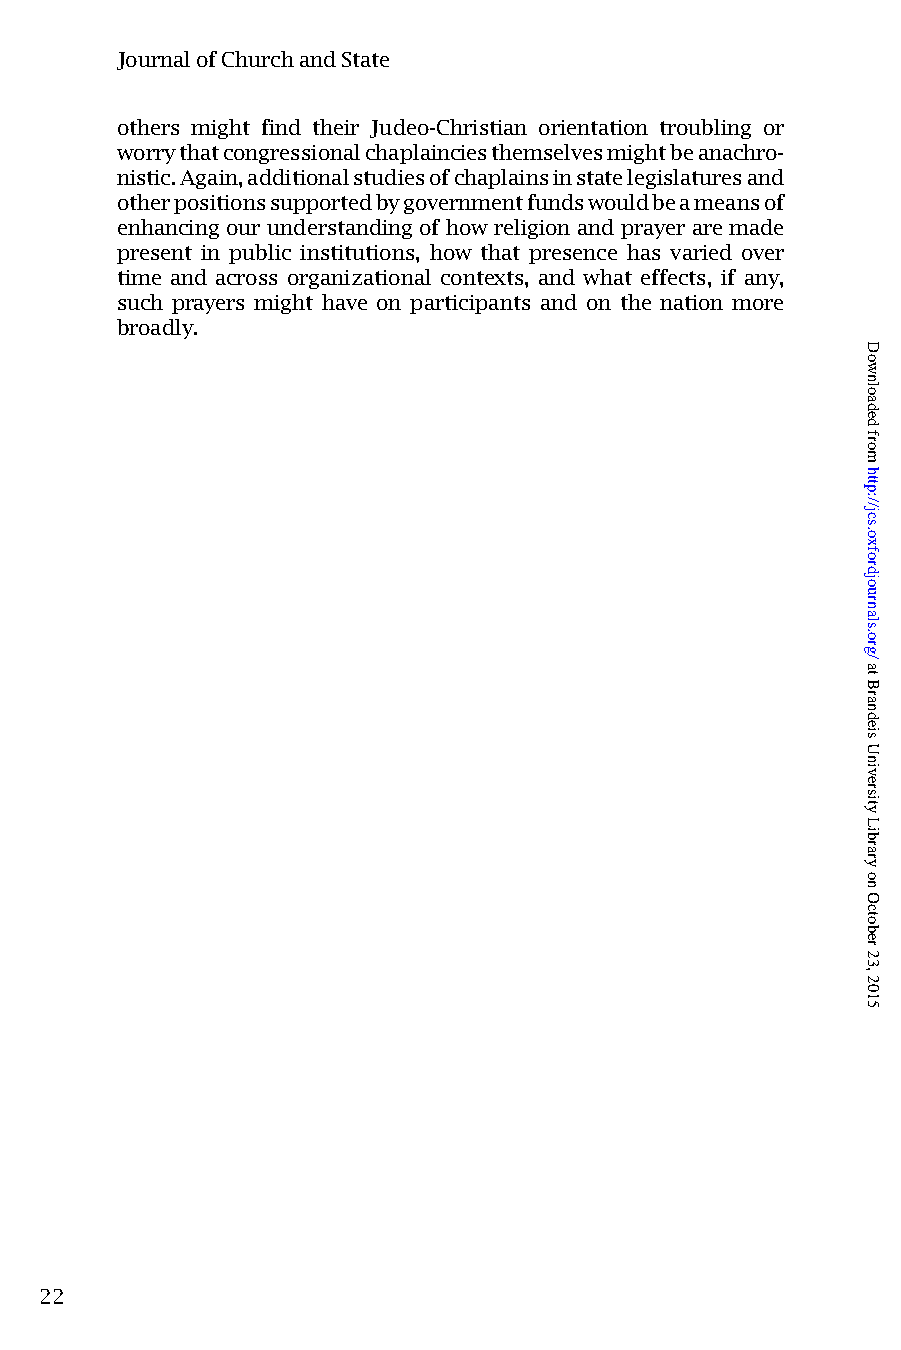
JournalofChurchandState
 others might find their Judeo-Christian orientation troubling or
 worrythatcongressionalchaplainciesthemselvesmightbeanachro-
 nistic.Again,additionalstudiesofchaplainsinstatelegislaturesand
 otherpositionssupportedbygovernmentfundswouldbeameansof
 enhancing our understanding of how religion and prayerare made
 present in public institutions, how that presence has varied over
 time and across organizational contexts, and what effects, if any,
 such prayers might have on participants and on the nation more
 broadly.
 22
 Downloaded
 from
 http://jcs.oxfordjournals.org/
 at
 Brandeis
 University
 Library
 on
 October
 23,
 2015